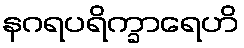
နဂရပရိက္ခာရေဟိ